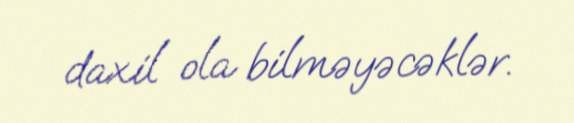
daxil ola bilməyəcəklər.